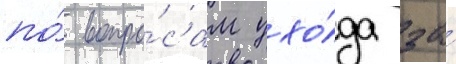
по́ вопро́сам ухо́да за́